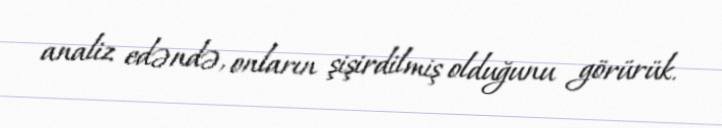
analiz edəndə, onların şişirdilmiş olduğunu görürük.